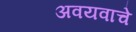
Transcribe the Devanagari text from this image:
अवयवाचे